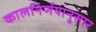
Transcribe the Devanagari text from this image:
कालनिर्णयानुसार